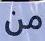
من